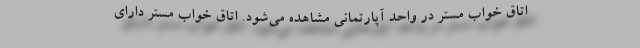
اتاق خواب مستر در واحد آپارتمانی مشاهده می‌شود. اتاق خواب مستر دارای